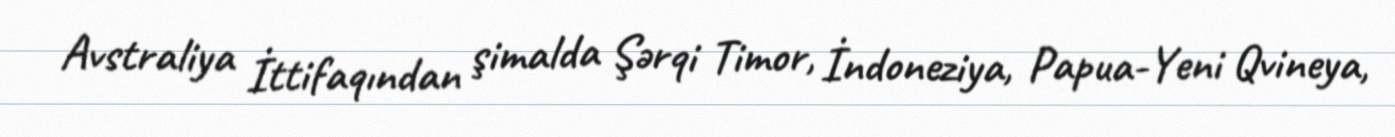
Avstraliya İttifaqından şimalda Şərqi Timor, İndoneziya, Papua-Yeni Qvineya,